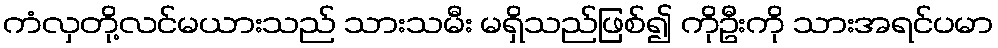
ကံလှတို့လင်မယားသည် သားသမီး မရှိသည်ဖြစ်၍ ကိုဦးကို သားအရင်ပမာ